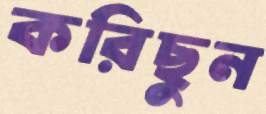
করিছুন